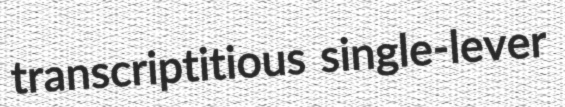
transcriptitious single-lever